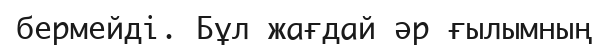
бермейді. Бұл жағдай әр ғылымның